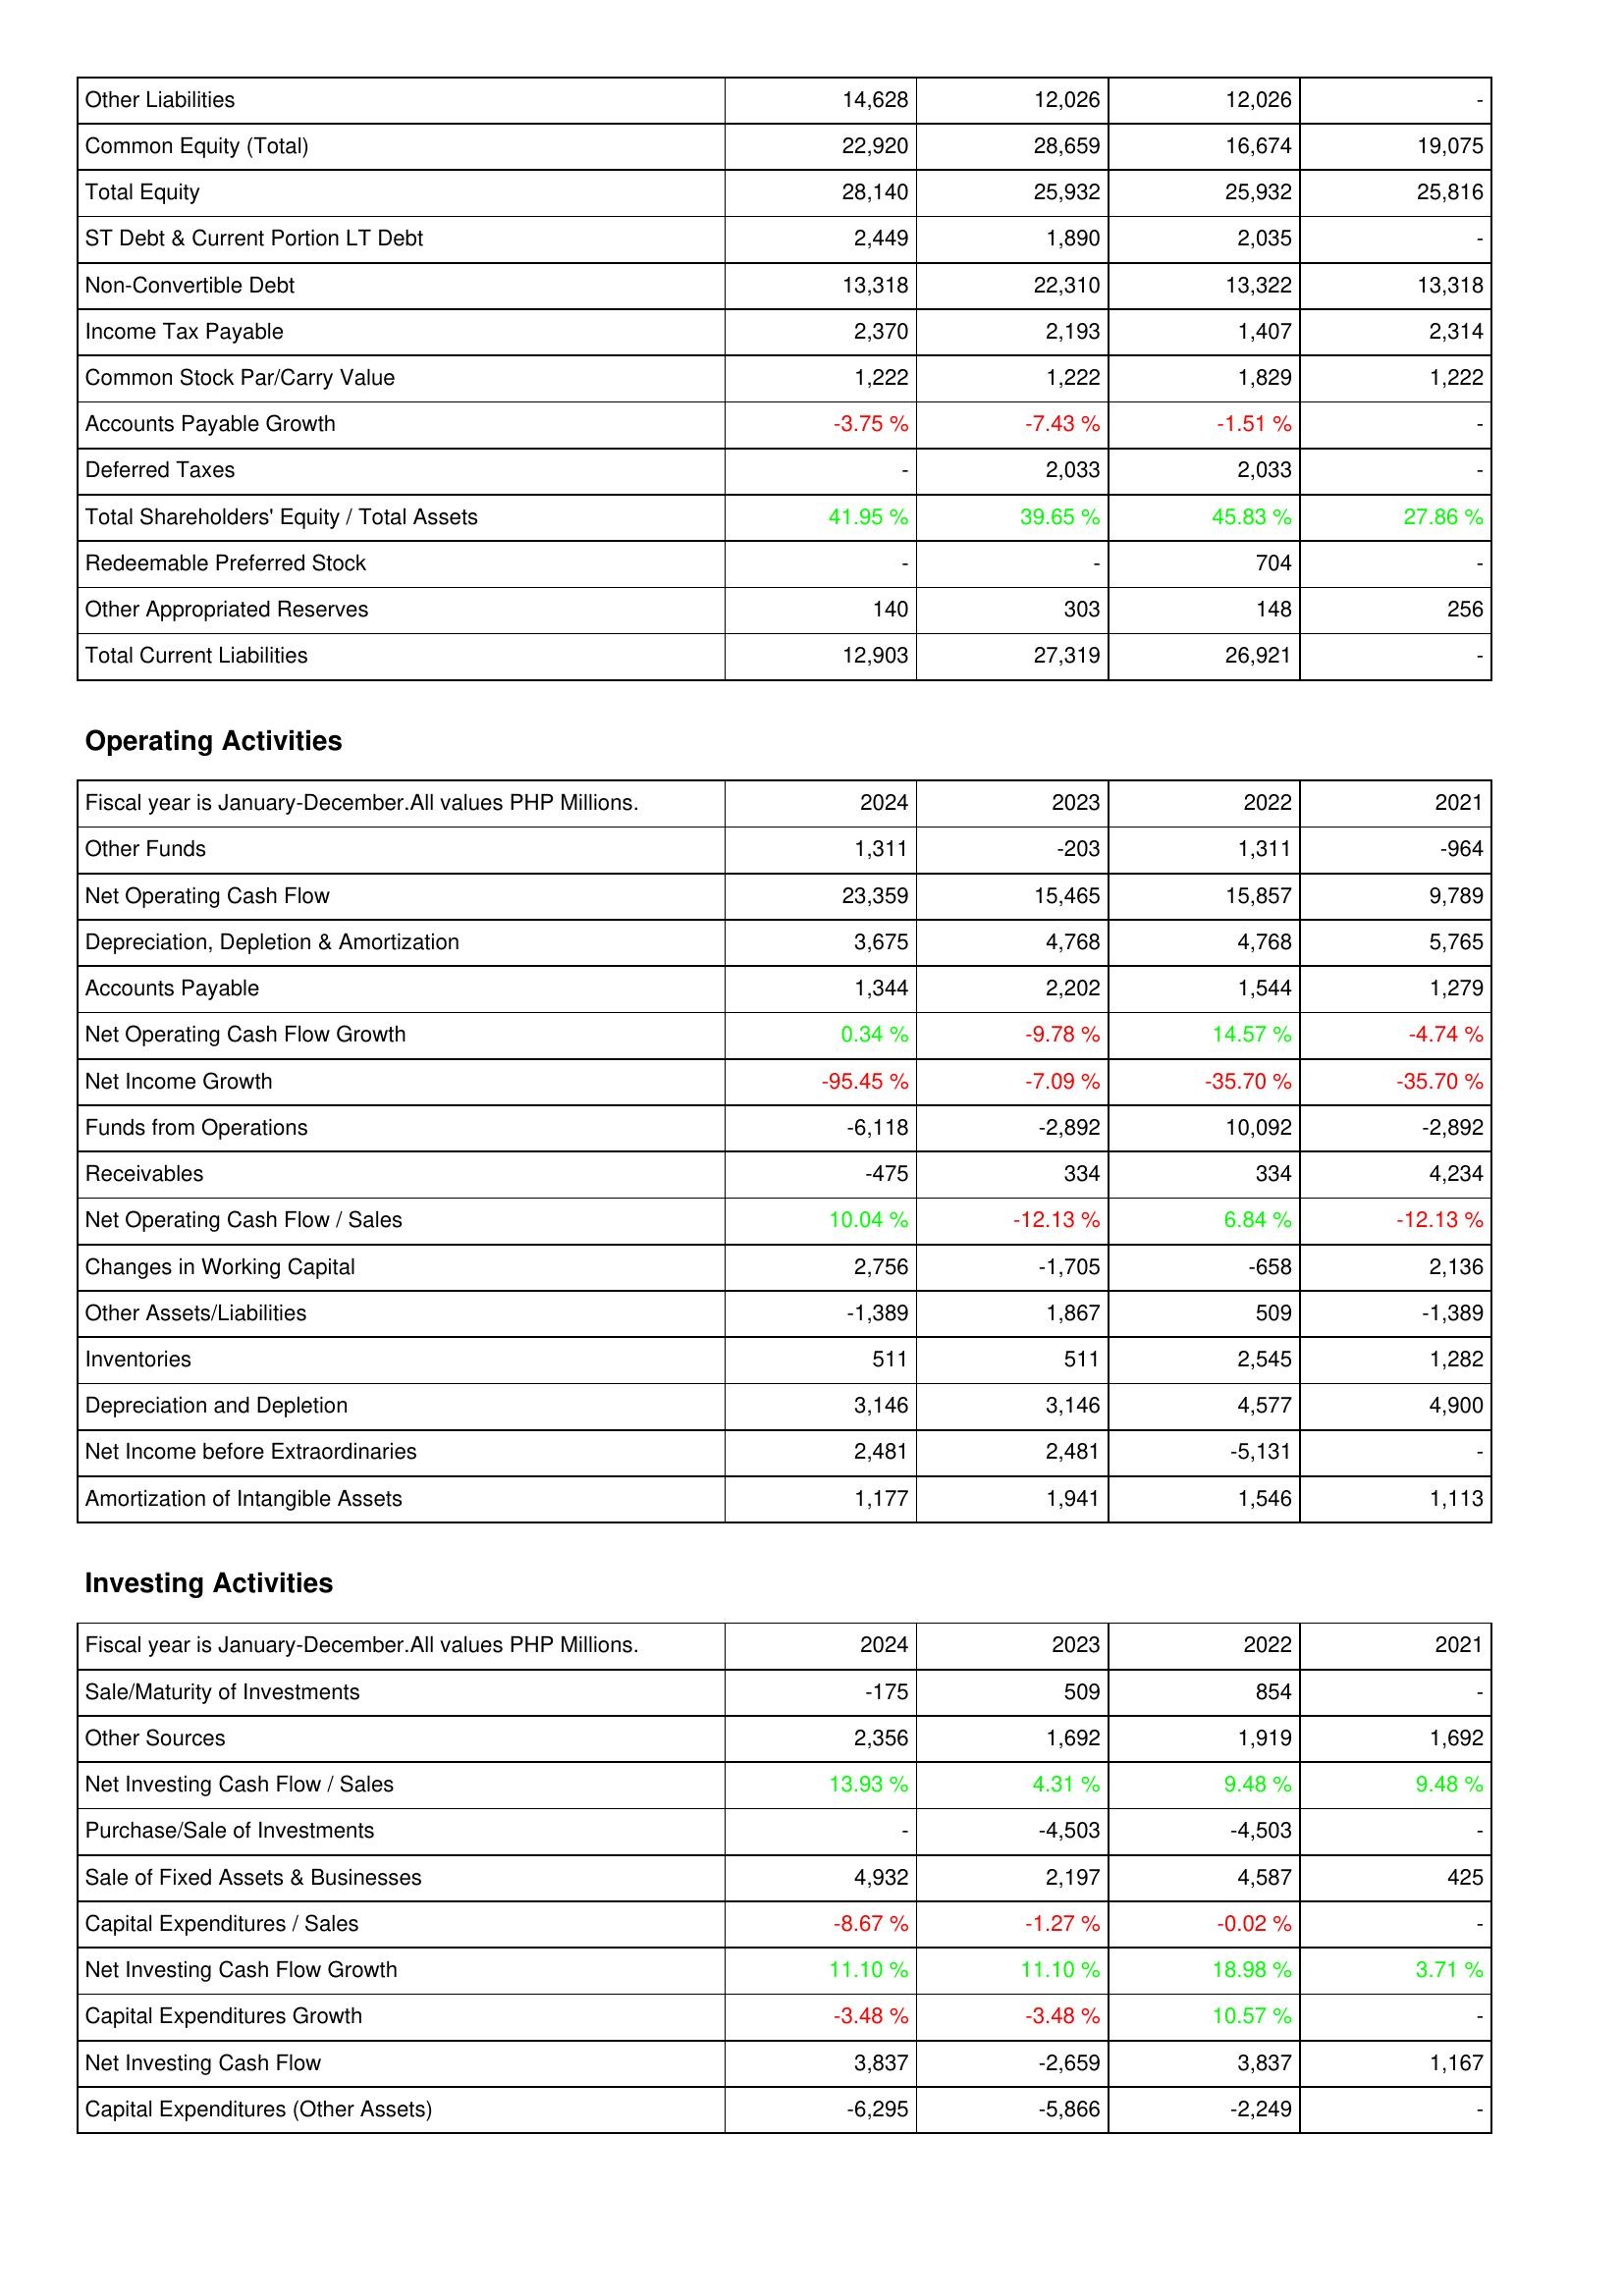
2024: Liabilities & Shareholders' Equity: Other Liabilities: 14,628
Common Equity (Total): 22,920
Total Equity: 28,140
ST Debt & Current Portion LT Debt: 2,449
Non-Convertible Debt: 13,318
Income Tax Payable: 2,370
Common Stock Par/Carry Value: 1,222
Accounts Payable Growth: -3.75 %
Deferred Taxes: -
Total Shareholders' Equity / Total Assets: 41.95 %
Redeemable Preferred Stock: -
Other Appropriated Reserves: 140
Total Current Liabilities: 12,903
Operating Activities: Other Funds: 1,311
Net Operating Cash Flow: 23,359
Depreciation, Depletion & Amortization: 3,675
Accounts Payable: 1,344
Net Operating Cash Flow Growth: 0.34 %
Net Income Growth: -95.45 %
Funds from Operations: -6,118
Receivables: -475
Net Operating Cash Flow / Sales: 10.04 %
Changes in Working Capital: 2,756
Other Assets/Liabilities: -1,389
Inventories: 511
Depreciation and Depletion: 3,146
Net Income before Extraordinaries: 2,481
Amortization of Intangible Assets: 1,177
Investing Activities: Sale/Maturity of Investments: -175
Other Sources: 2,356
Net Investing Cash Flow / Sales: 13.93 %
Purchase/Sale of Investments: -
Sale of Fixed Assets & Businesses: 4,932
Capital Expenditures / Sales: -8.67 %
Net Investing Cash Flow Growth: 11.10 %
Capital Expenditures Growth: -3.48 %
Net Investing Cash Flow: 3,837
Capital Expenditures (Other Assets): -6,295
2023: Liabilities & Shareholders' Equity: Other Liabilities: 12,026
Common Equity (Total): 28,659
Total Equity: 25,932
ST Debt & Current Portion LT Debt: 1,890
Non-Convertible Debt: 22,310
Income Tax Payable: 2,193
Common Stock Par/Carry Value: 1,222
Accounts Payable Growth: -7.43 %
Deferred Taxes: 2,033
Total Shareholders' Equity / Total Assets: 39.65 %
Redeemable Preferred Stock: -
Other Appropriated Reserves: 303
Total Current Liabilities: 27,319
Operating Activities: Other Funds: -203
Net Operating Cash Flow: 15,465
Depreciation, Depletion & Amortization: 4,768
Accounts Payable: 2,202
Net Operating Cash Flow Growth: -9.78 %
Net Income Growth: -7.09 %
Funds from Operations: -2,892
Receivables: 334
Net Operating Cash Flow / Sales: -12.13 %
Changes in Working Capital: -1,705
Other Assets/Liabilities: 1,867
Inventories: 511
Depreciation and Depletion: 3,146
Net Income before Extraordinaries: 2,481
Amortization of Intangible Assets: 1,941
Investing Activities: Sale/Maturity of Investments: 509
Other Sources: 1,692
Net Investing Cash Flow / Sales: 4.31 %
Purchase/Sale of Investments: -4,503
Sale of Fixed Assets & Businesses: 2,197
Capital Expenditures / Sales: -1.27 %
Net Investing Cash Flow Growth: 11.10 %
Capital Expenditures Growth: -3.48 %
Net Investing Cash Flow: -2,659
Capital Expenditures (Other Assets): -5,866
2022: Liabilities & Shareholders' Equity: Other Liabilities: 12,026
Common Equity (Total): 16,674
Total Equity: 25,932
ST Debt & Current Portion LT Debt: 2,035
Non-Convertible Debt: 13,322
Income Tax Payable: 1,407
Common Stock Par/Carry Value: 1,829
Accounts Payable Growth: -1.51 %
Deferred Taxes: 2,033
Total Shareholders' Equity / Total Assets: 45.83 %
Redeemable Preferred Stock: 704
Other Appropriated Reserves: 148
Total Current Liabilities: 26,921
Operating Activities: Other Funds: 1,311
Net Operating Cash Flow: 15,857
Depreciation, Depletion & Amortization: 4,768
Accounts Payable: 1,544
Net Operating Cash Flow Growth: 14.57 %
Net Income Growth: -35.70 %
Funds from Operations: 10,092
Receivables: 334
Net Operating Cash Flow / Sales: 6.84 %
Changes in Working Capital: -658
Other Assets/Liabilities: 509
Inventories: 2,545
Depreciation and Depletion: 4,577
Net Income before Extraordinaries: -5,131
Amortization of Intangible Assets: 1,546
Investing Activities: Sale/Maturity of Investments: 854
Other Sources: 1,919
Net Investing Cash Flow / Sales: 9.48 %
Purchase/Sale of Investments: -4,503
Sale of Fixed Assets & Businesses: 4,587
Capital Expenditures / Sales: -0.02 %
Net Investing Cash Flow Growth: 18.98 %
Capital Expenditures Growth: 10.57 %
Net Investing Cash Flow: 3,837
Capital Expenditures (Other Assets): -2,249
2021: Liabilities & Shareholders' Equity: Other Liabilities: -
Common Equity (Total): 19,075
Total Equity: 25,816
ST Debt & Current Portion LT Debt: -
Non-Convertible Debt: 13,318
Income Tax Payable: 2,314
Common Stock Par/Carry Value: 1,222
Accounts Payable Growth: -
Deferred Taxes: -
Total Shareholders' Equity / Total Assets: 27.86 %
Redeemable Preferred Stock: -
Other Appropriated Reserves: 256
Total Current Liabilities: -
Operating Activities: Other Funds: -964
Net Operating Cash Flow: 9,789
Depreciation, Depletion & Amortization: 5,765
Accounts Payable: 1,279
Net Operating Cash Flow Growth: -4.74 %
Net Income Growth: -35.70 %
Funds from Operations: -2,892
Receivables: 4,234
Net Operating Cash Flow / Sales: -12.13 %
Changes in Working Capital: 2,136
Other Assets/Liabilities: -1,389
Inventories: 1,282
Depreciation and Depletion: 4,900
Net Income before Extraordinaries: -
Amortization of Intangible Assets: 1,113
Investing Activities: Sale/Maturity of Investments: -
Other Sources: 1,692
Net Investing Cash Flow / Sales: 9.48 %
Purchase/Sale of Investments: -
Sale of Fixed Assets & Businesses: 425
Capital Expenditures / Sales: -
Net Investing Cash Flow Growth: 3.71 %
Capital Expenditures Growth: -
Net Investing Cash Flow: 1,167
Capital Expenditures (Other Assets): -